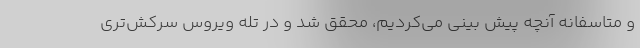
و متاسفانه آنچه پیش بینی می‌کردیم، محقق شد و در تله ویروس سرکش‌تری